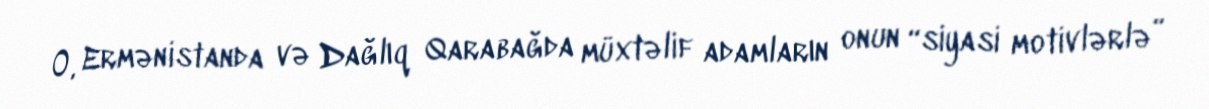
O, Ermənistanda və Dağlıq Qarabağda müxtəlif adamların onun “siyasi motivlərlə”